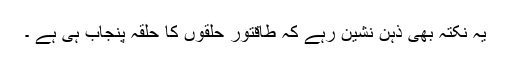
یہ نکتہ بھی ذہن نشین رہے کہ طاقتور حلقوں کا حلقہ پنجاب ہی ہے ۔